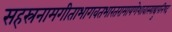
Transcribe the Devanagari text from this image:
सहस्रनामगीताभागवतभारतरामायणेशावास्याद्युपनिषद